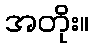
အတိုး။